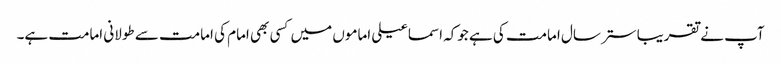
آپ نے تقریبا ستر سال امامت کی ہے جوکہ اسماعیلی اماموں میں کسی بھی امام کی امامت سے طولانی امامت ہے۔